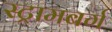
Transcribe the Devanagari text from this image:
स्ट्रामबर्ग